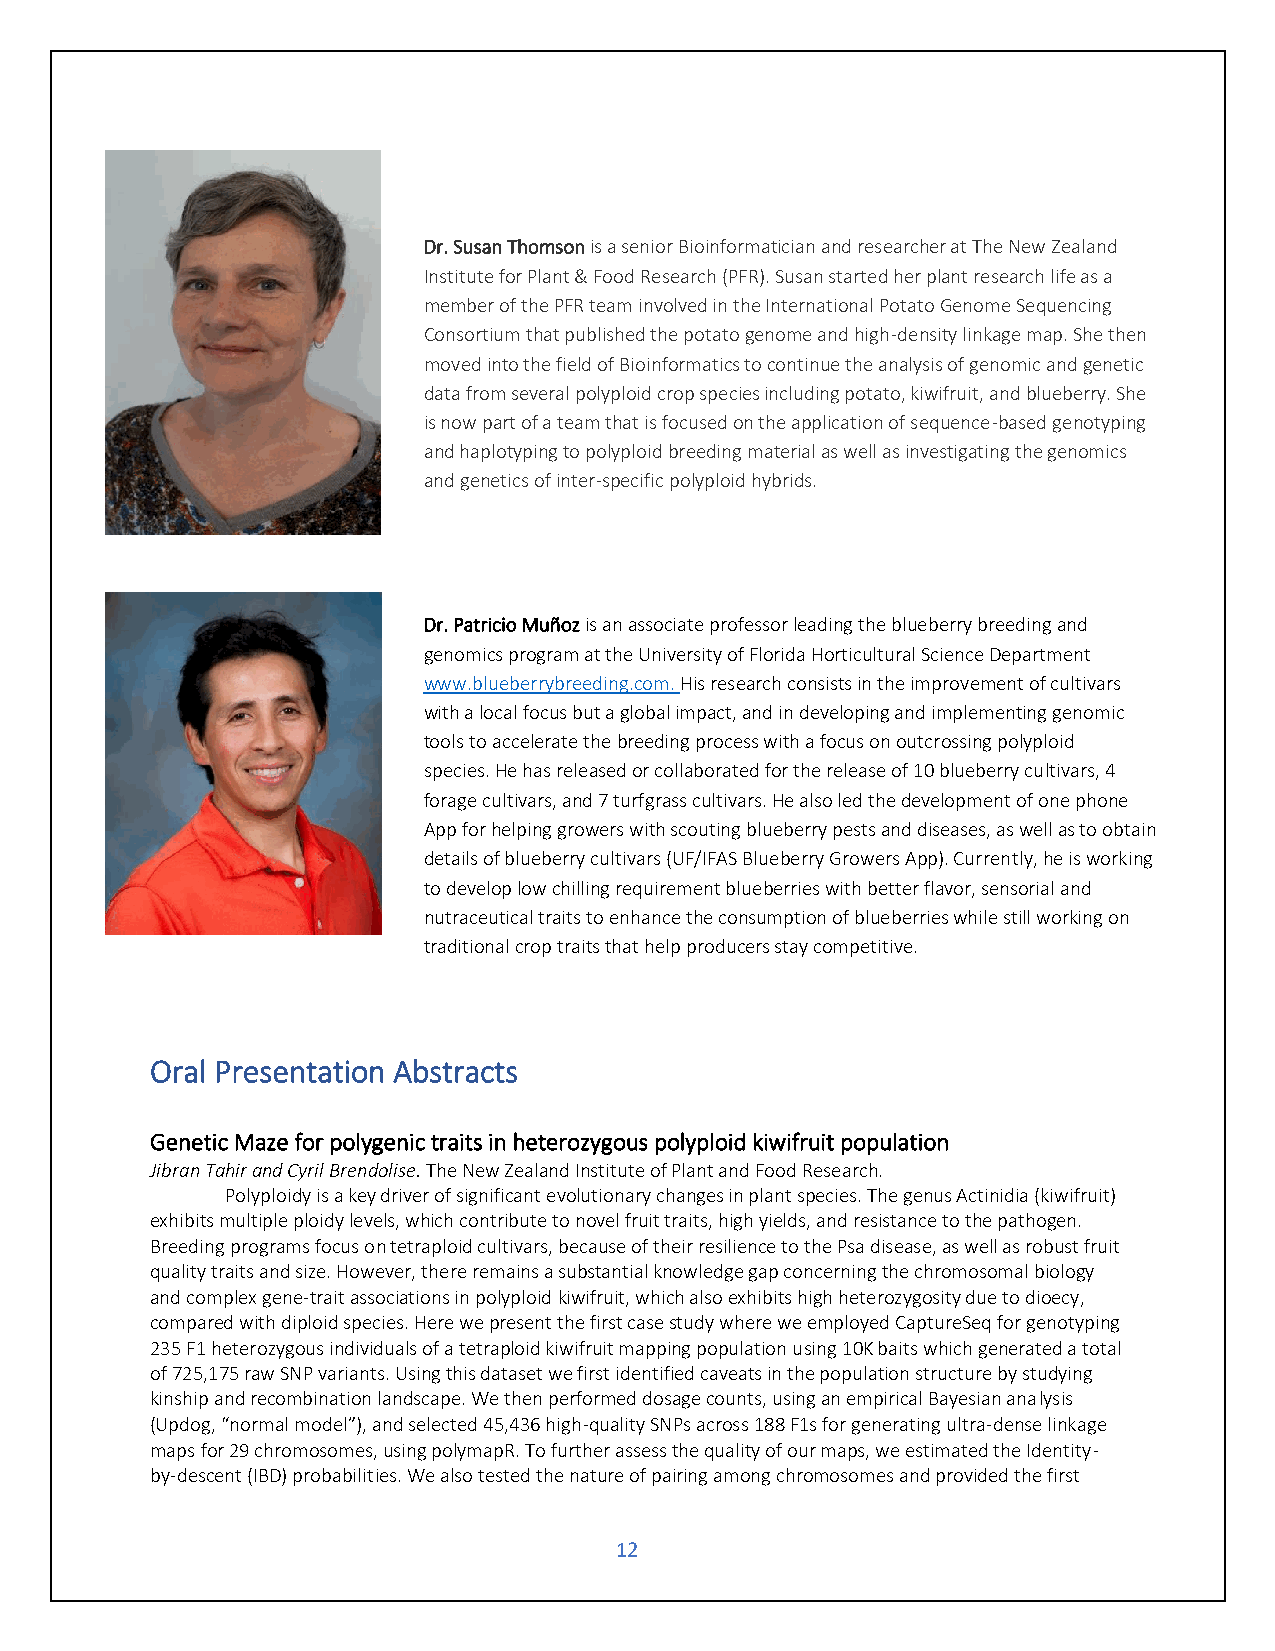
Dr. Susan Thomson is a senior Bioinformatician and researcher at The New Zealand
 Institute for Plant & Food Research (PFR). Susan started her plant research life as a
 member of the PFR team involved in the International Potato Genome Sequencing
 Consortium that published the potato genome and high-density linkage map. She then
 moved into the field of Bioinformatics to continue the analysis of genomic and genetic
 data from several polyploid crop species including potato, kiwifruit, and blueberry. She
 is now part of a team that is focused on the application of sequence-based genotyping
 and haplotyping to polyploid breeding material as well as investigating the genomics
 and genetics of inter-specific polyploid hybrids.
 Dr. Patricio Muñoz is an associate professor leading the blueberry breeding and
 genomics program at the University of Florida Horticultural Science Department
 www.blueberrybreeding.com. His research consists in the improvement of cultivars
 with a local focus but a global impact, and in developing and implementing genomic
 tools to accelerate the breeding process with a focus on outcrossing polyploid
 species. He has released or collaborated for the release of 10 blueberry cultivars, 4
 forage cultivars, and 7 turfgrass cultivars. He also led the development of one phone
 App for helping growers with scouting blueberry pests and diseases, as well as to obtain
 details of blueberry cultivars (UF/IFAS Blueberry Growers App). Currently, he is working
 to develop low chilling requirement blueberries with better flavor, sensorial and
 nutraceutical traits to enhance the consumption of blueberries while still working on
 traditional crop traits that help producers stay competitive.
 Oral Presentation Abstracts
 Genetic Maze for polygenic traits in heterozygous polyploid kiwifruit population
 Jibran Tahir and Cyril Brendolise. The New Zealand Institute of Plant and Food Research.
 Polyploidy is a key driver of significant evolutionary changes in plant species. The genus Actinidia (kiwifruit)
 exhibits multiple ploidy levels, which contribute to novel fruit traits, high yields, and resistance to the pathogen.
 Breeding programs focus on tetraploid cultivars, because of their resilience to the Psa disease, as well as robust fruit
 quality traits and size. However, there remains a substantial knowledge gap concerning the chromosomal biology
 and complex gene-trait associations in polyploid kiwifruit, which also exhibits high heterozygosity due to dioecy,
 compared with diploid species. Here we present the first case study where we employed CaptureSeq for genotyping
 235 F1 heterozygous individuals of a tetraploid kiwifruit mapping population using 10K baits which generated a total
 of 725,175 raw SNP variants. Using this dataset we first identified caveats in the population structure by studying
 kinship and recombination landscape. We then performed dosage counts, using an empirical Bayesian analysis
 (Updog, “normal model”), and selected 45,436 high-quality SNPs across 188 F1s for generating ultra-dense linkage
 maps for 29 chromosomes, using polymapR. To further assess the quality of our maps, we estimated the Identity-
 by-descent (IBD) probabilities. We also tested the nature of pairing among chromosomes and provided the first
 12